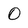
Character: O